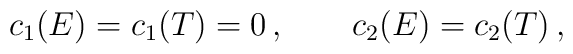
c_1(E)=c_1(T)=0\,,\qquad c_2(E)=c_2(T)\,,